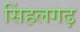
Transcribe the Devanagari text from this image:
सिंहलगढ़